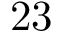
2 3